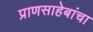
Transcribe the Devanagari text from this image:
प्राणसाहेबांचा